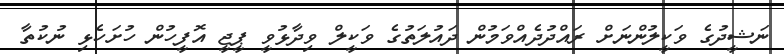
ނަޝީދުގެ ވަކީލުންނަށް ރައްދުދެއްވަމުން ދައުލަތުގެ ވަކީލް ވިދާޅުވީ ޕީޖީ އޮފީހުން ހުށަހެޅި ނުކުތާ